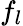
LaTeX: f_{l}